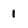
Character: I